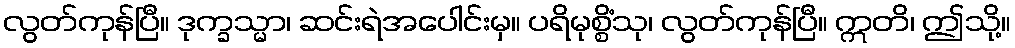
လွတ်ကုန်ပြီ။ ဒုက္ခသ္မာ၊ ဆင်းရဲအပေါင်းမှ။ ပရိမုစ္စိံသု၊ လွတ်ကုန်ပြီ။ ဣတိ၊ ဤသို့။